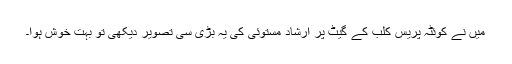
میں نے کوئٹہ پریس کلب کے گیٹ پر ارشاد مستوئی کی یہ بڑی سی تصویر دیکھی تو بہت خوش ہوا۔